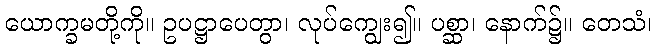
ယောက္ခမတို့ကို။ ဥပဋ္ဌာပေတွာ၊ လုပ်ကျွေး၍။ ပစ္ဆာ၊ နောက်၌။ တေသံ၊